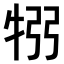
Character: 𤙗